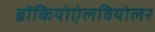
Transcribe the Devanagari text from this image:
ब्रोंकियोऐलवियोलर